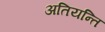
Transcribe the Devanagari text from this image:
अतियन्ति